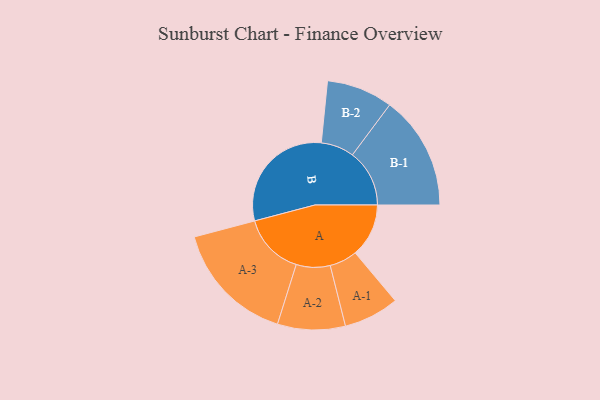
{"axis": {"x": "Segment", "y": "Value"}, "legend": ["", "A", "B"], "data": [{"x": "A", "y": 226, "type": ""}, {"x": "B", "y": 500, "type": ""}, {"x": "A-1", "y": 117, "type": "A"}, {"x": "A-2", "y": 143, "type": "A"}, {"x": "A-3", "y": 261, "type": "A"}, {"x": "B-1", "y": 241, "type": "B"}, {"x": "B-2", "y": 140, "type": "B"}]}